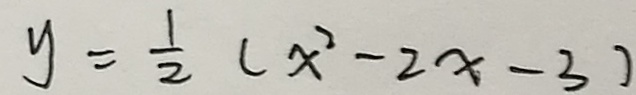
y = \frac { 1 } { 2 } ( x ^ { 2 } - 2 x - 3 )